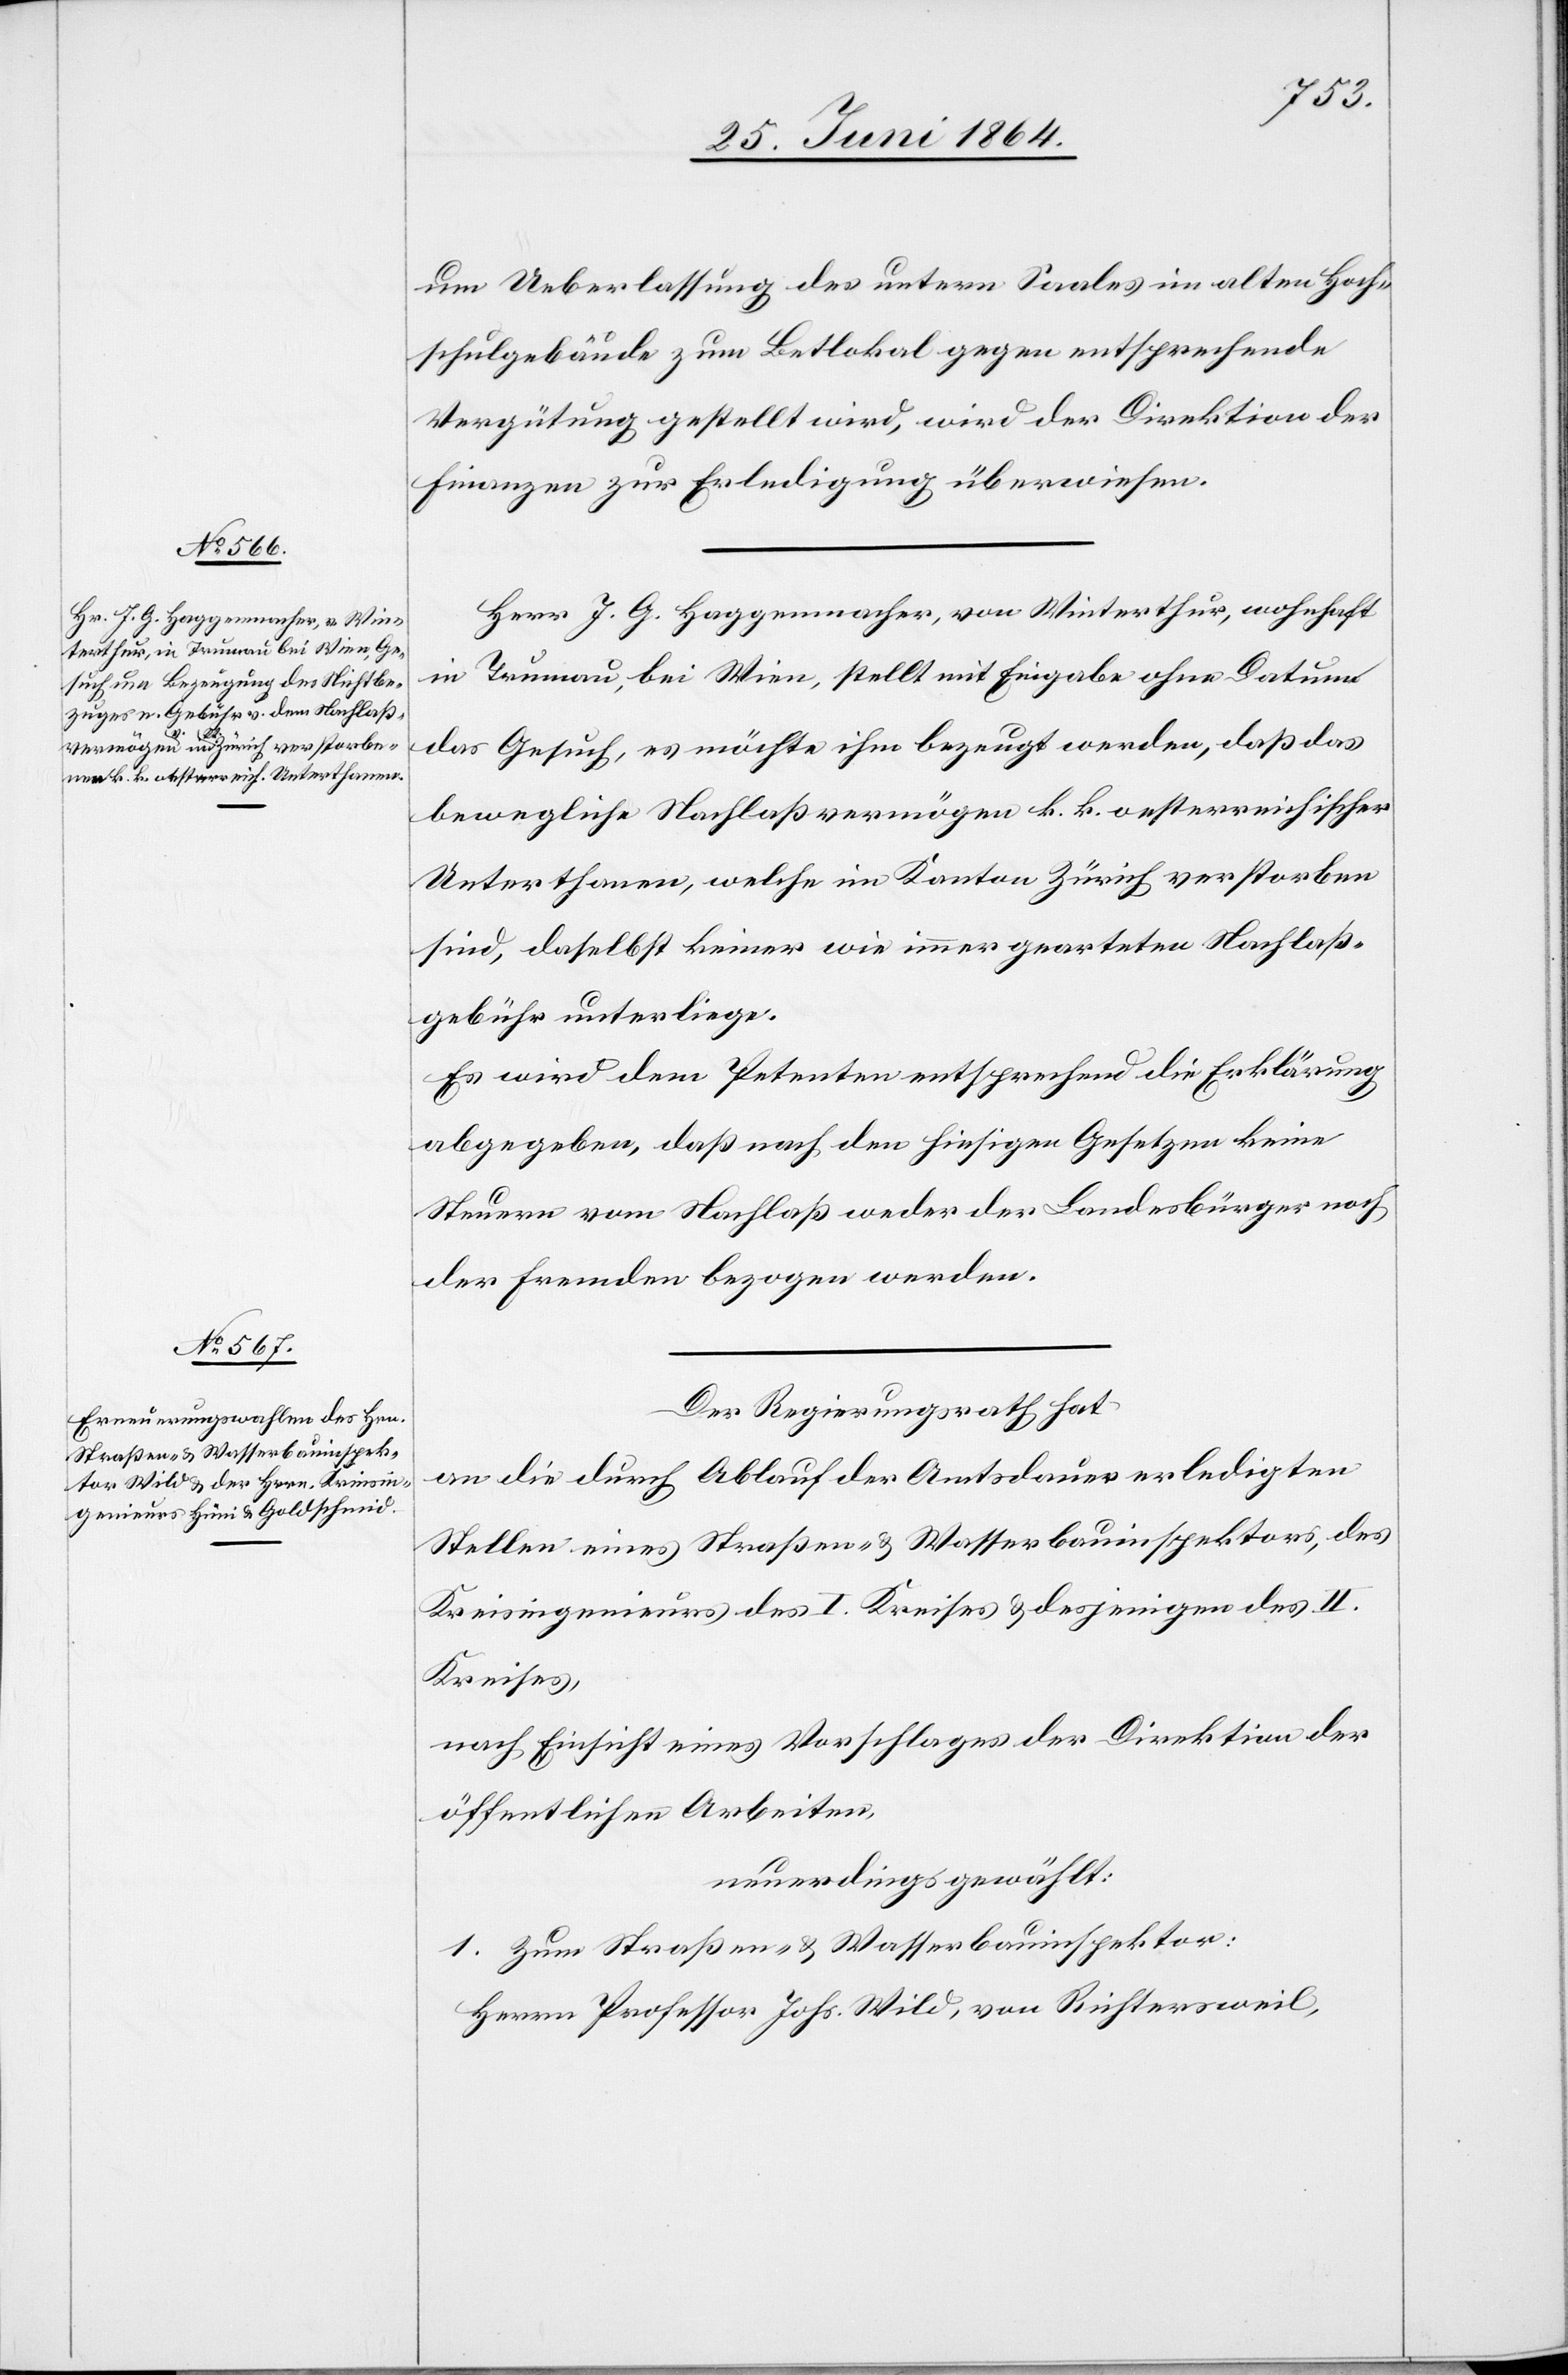
um Ueberlassung des untern Saales im alten Hoch¬
schulgebäude zum Betlokal gegen entsprechende
Vergütung gestellt wird, wird der Direktion der
Finanzen zur Erledigung überwiesen.
Herr J. G. Haggenmacher, von Winterthur, wohnhaft
in Trumau, bei Wien, stellt mit Eingabe ohne Datum
das Gesuch, es möchte ihm bezeugt werden, daß das
bewegliche Nachlaßvermögen k. k. oesterreichischer
Unterthanen, welche im Kanton Zürich verstorben
sind, daselbst keiner wie immer gearteten Nachlaß¬
gebühr unterliege.
Es wird dem Petenten entsprechend die Erklärung
abgegeben, daß nach den hiesigen Gesetzen keine
Steuern vom Nachlaß weder der Landesbürger noch
der Fremden bezogen werden.
Der Regierungsrath hat
an die durch Ablauf der Amtsdauer erledigten
Stellen eines Straßen- u. Wasserbauinspektors, des
Kreisingenieurs des I. Kreises u. desjenigen des II.
Kreises,
nach Einsicht eines Vorschlages der Direktion der
öffentlichen Arbeiten,
neuerdings gewählt:
1. Zum Straßen- u. Wasserbauinspektor:
Herrn Professor Johs. Wild, von Richtersweil,